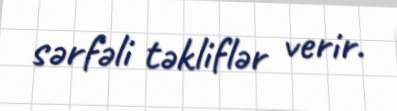
sərfəli təkliflər verir.